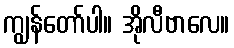
ကျွန်တော်ပါ။ အိုလီဗာလေ။